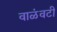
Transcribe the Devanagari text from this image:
वाळंवटी